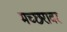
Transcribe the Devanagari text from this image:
मच्छरावर